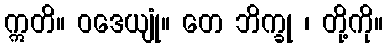
ဣတိ။ ဝဒေယျုံ။ တေ ဘိက္ခု ၊ တို့ကို။